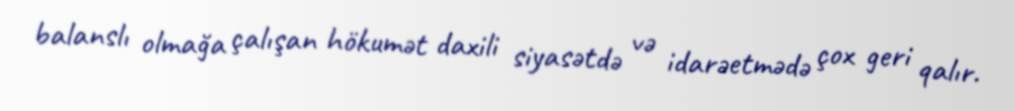
balanslı olmağa çalışan hökumət daxili siyasətdə və idarəetmədə çox geri qalır.